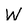
Character: W